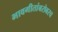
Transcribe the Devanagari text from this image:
भावगीतांबरोबरच